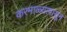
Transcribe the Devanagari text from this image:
करमाळ्यापासून